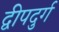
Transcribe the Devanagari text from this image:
द्वीपदुर्ग